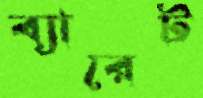
ব্যারেট